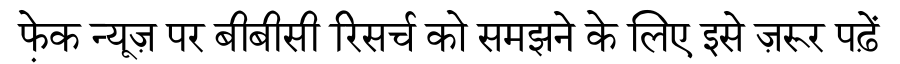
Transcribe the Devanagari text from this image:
फे़क न्यूज़ पर बीबीसी रिसर्च को समझने के लिए इसे ज़रूर पढ़ें